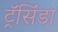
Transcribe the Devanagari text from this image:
ट्रॅसिंडा